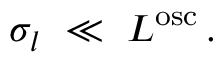
\sigma _ { l } \ \ll \ L ^ { \mathrm { o s c } } \, .